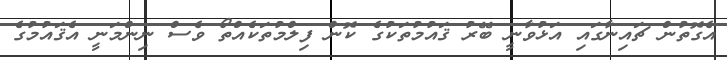
އެގޮތުން ޗައިނާގައި އަޅުވާނީ ބޭރު ޤައުމުތަކުގެ ކޮން ފިލްމުތަކެއްތޯ ވެސް ނިންމަނީ އެޤައުމުގެ